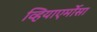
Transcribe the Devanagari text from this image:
व्हियाएर्मोसा